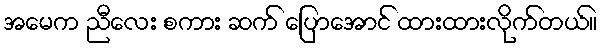
အမေက ညီလေး စကား ဆက် ပြောအောင် ထားထားလိုက်တယ်။